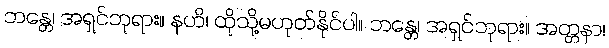
ဘန္တေ၊ အရှင်ဘုရား။ နဟိ၊ ထိုသို့မဟုတ်နိုင်ပါ။ ဘန္တေ၊ အရှင်ဘုရား။ အတ္တနာ၊